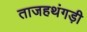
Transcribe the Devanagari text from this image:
ताजहथंगड़ी